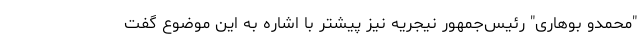
"محمدو بوهاری" رئیس‌جمهور نیجریه نیز پیشتر با اشاره به این موضوع گفت